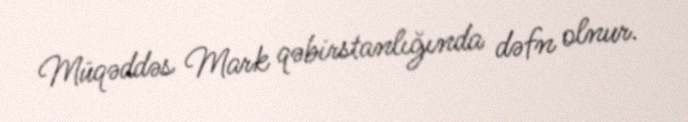
Müqəddəs Mark qəbirstanlığında dəfn olnur.